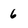
Character: 6